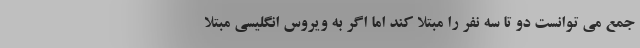
جمع می توانست دو تا سه نفر را مبتلا کند اما اگر به ویروس انگلیسی مبتلا